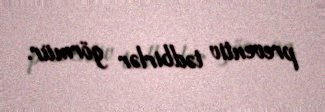
preventiv tədbirlər görmür.